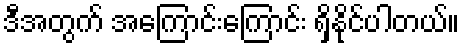
ဒီအတွက် အကြောင်းကြောင်း ရှိနိုင်ပါတယ်။